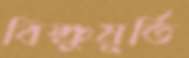
বিষ্ণুমূর্তি